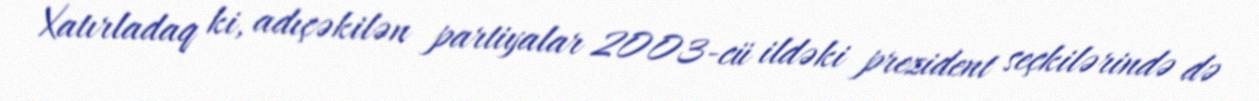
Xatırladaq ki, adıçəkilən partiyalar 2003-cü ildəki prezident seçkilərində də